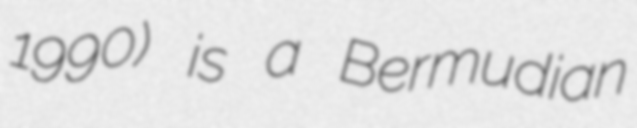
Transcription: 1990) is a Bermudian